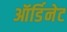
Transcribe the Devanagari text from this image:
ऑर्डिनेट